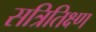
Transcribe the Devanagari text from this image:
सत्रितिक्ष्ण